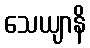
သေယျာနိ